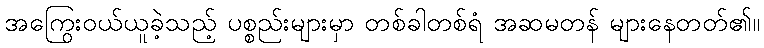
အကြွေးဝယ်ယူခဲ့သည့် ပစ္စည်းများမှာ တစ်ခါတစ်ရံ အဆမတန် များနေတတ်၏။